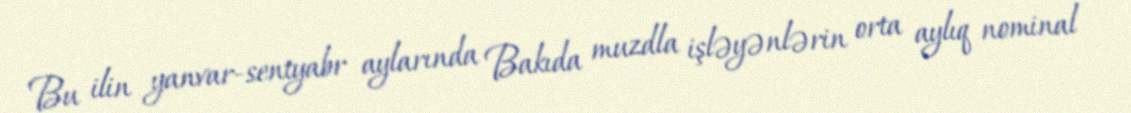
Bu ilin yanvar-sentyabr aylarında Bakıda muzdla işləyənlərin orta aylıq nominal